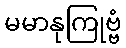
မမာနုကြုဗ္ဗံ